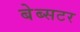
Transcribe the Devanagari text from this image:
बेब्सटर